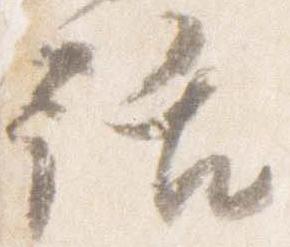
話